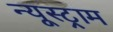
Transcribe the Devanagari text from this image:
न्यूस्ट्राम